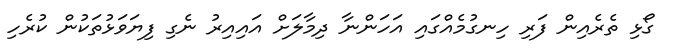
ގޯޅި ތެރެއިން ފަރި ހިނގުމެއްގައި އަހަންނާ ދިމާލަށް އައިއިރު ނެގި ފިޔަވަޅުތަކުން ކުރެހި